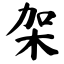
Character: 架